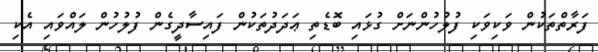
ފަރާތްތަކުން ވަކިވަކި ފުލުހުންނަށް ގުޅައި ބޮޑެތި ޢަދަދުތަކުން ފައިސާދީގެން ފުލުހުން ލައްވައި އެކި